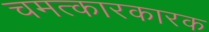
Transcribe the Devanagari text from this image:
चमत्कारकारक